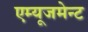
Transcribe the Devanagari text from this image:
एम्‍यूजमेन्‍ट